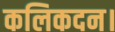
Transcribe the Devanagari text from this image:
कलिकदन।